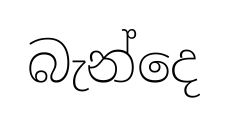
බැන්දෙ